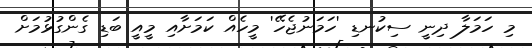
މި ހަމަލާ ދިނީ ސިކުނޑި 'ހަމަނުޖެހޭ' މީހެއް ކަމަށާއި މީއީ ބަޑި ގެންގުޅުމަށް